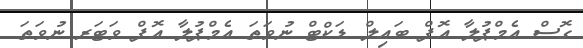
ގޮސް އެމްޕުލާ އޮފް ބައިލް ޑަކްޓް ނުވަތަ އެމްޕުލާ އޮފް ވަޓަރ ނުވަތަ